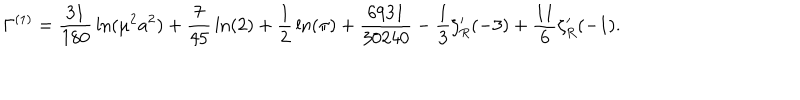
\Gamma ^ { ( 1 ) } = { \frac { 3 1 } { 1 8 0 } } \ln ( \mu ^ { 2 } a ^ { 2 } ) + { \frac { 7 } { 4 5 } } \ln ( 2 ) + { \frac { 1 } { 2 } } \ln ( \pi ) + { \frac { 6 9 3 1 } { 3 0 2 4 0 } } - { \frac { 1 } { 3 } } \zeta _ { R } ^ { \prime } ( - 3 ) + { \frac { 1 1 } { 6 } } \zeta _ { R } ^ { \prime } ( - 1 ) .